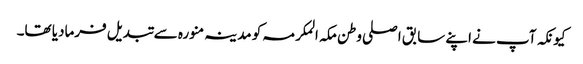
کیونکہ آپ نے اپنے سابق اصلی وطن مکہ المکرمہ کو مدینہ منورہ سے تبدیل فرمادیا تھا۔